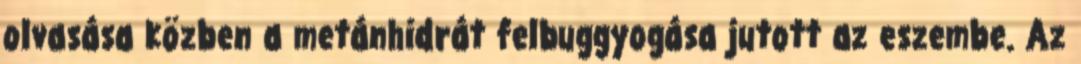
olvasása közben a metánhidrát felbuggyogása jutott az eszembe. Az